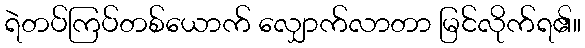
ရဲတပ်ကြပ်တစ်ယောက် လျှောက်လာတာ မြင်လိုက်ရ၏။